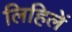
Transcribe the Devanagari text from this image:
लिहिलें